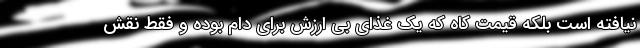
نیافته است بلکه قیمت کاه که یک غذای بی ارزش برای دام بوده و فقط نقش